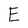
Character: E